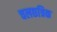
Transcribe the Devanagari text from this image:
चलछत्रिक